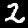
Label: 2